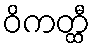
ဝိကတ္ထီ